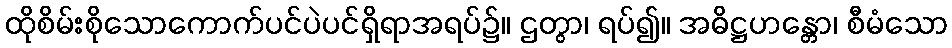
ထိုစိမ်းစိုသောကောက်ပင်ပဲပင်ရှိရာအရပ်၌။ ဌတွာ၊ ရပ်၍။ အဓိဋ္ဌဟန္တော၊ စီမံသော